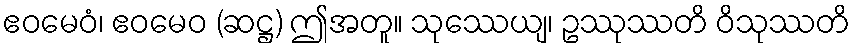
ဧဝမေဝံ၊ ဧဝမေဝ (ဆဋ္ဌ) ဤအတူ။ သုဿေယျ၊ ဥဿုဿတိ ဝိသုဿတိ